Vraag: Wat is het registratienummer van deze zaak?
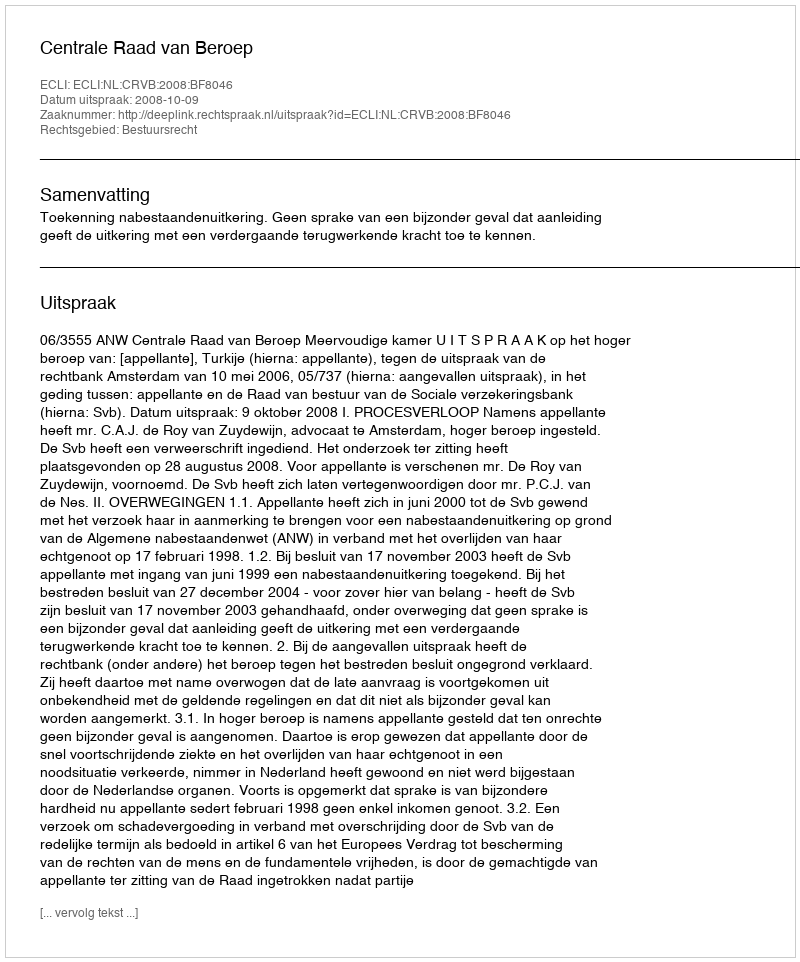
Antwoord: http://deeplink.rechtspraak.nl/uitspraak?id=ECLI:NL:CRVB:2008:BF8046